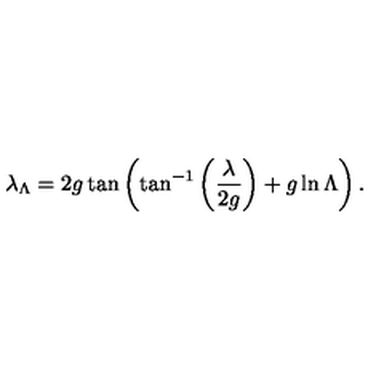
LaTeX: \lambda _ { \Lambda } = 2 g \tan \left( \tan ^ { - 1 } \left( { \frac { \lambda } { 2 g } } \right) + g \ln \Lambda \right) .